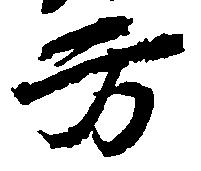
方